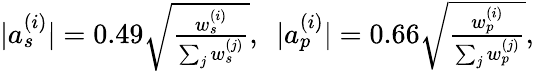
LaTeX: \begin{array}{r}{|a_{s}^{(i)}|=0.49\sqrt{\frac{w_{s}^{(i)}}{\sum_{j}w_{s}^{(j)}}},\, \, \, |a_{p}^{(i)}|=0.66\sqrt{\frac{w_{p}^{(i)}}{\sum_{j}w_{p}^{(j)}}},}\end{array}